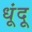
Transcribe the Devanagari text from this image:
धूंदू